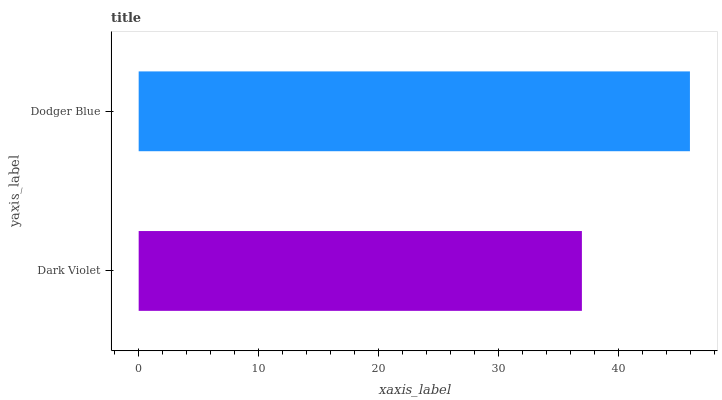
| yaxis_label | bars |
 | --- | --- |
 | Dark Violet | 36.9 |
 | Dodger Blue | 45.9 |